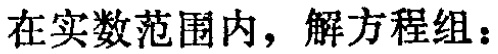
在实数范围内，解方程组：